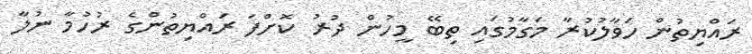
ރައްޔިތުން ހަވާލުކުރާ މަގާމުގައި ތިބޭ މީހުން ދުރު ކޮށްފަ ރައްޔިތުންގެ ރުހުމާ ނުލާ